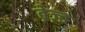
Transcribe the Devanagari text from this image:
ब्रेज़्ड